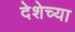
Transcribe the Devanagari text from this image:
देशेच्या